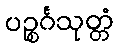
ပဉ္စင်္ဂသုတ္တံ